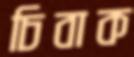
চিবাক